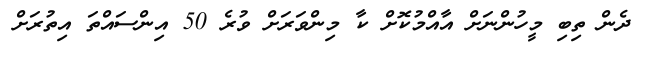
ދެން ތިބި މީހުންނަށް އާއްމުކޮށް ކާ މިންވަރަށް ވުރެ 50 އިންސައްތަ އިތުރަށް